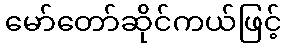
မော်တော်ဆိုင်ကယ်ဖြင့်